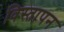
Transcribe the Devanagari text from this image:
विस्तापन